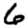
Digit: 6